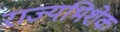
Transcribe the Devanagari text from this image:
राज्यभिशेक